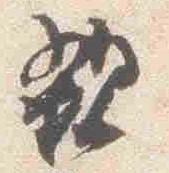
親